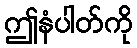
ဤနံပါတ်ကို